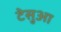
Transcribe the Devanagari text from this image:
टेसुआ